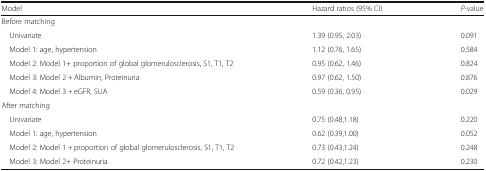
<table><thead><tr><td><b>Model</b></td><td><b>Hazard ratios (95% CI)</b></td><td><b><i>P-</i>value</b></td></tr></thead><tbody><tr><td colspan="3">Before matching</td></tr><tr><td> Univariate</td><td>1.39 (0.95, 2.03)</td><td>0.091</td></tr><tr><td> Model 1: age, hypertension</td><td>1.12 (0.76, 1.65)</td><td>0.584</td></tr><tr><td> Model 2: Model 1+ proportion of global glomerulosclerosis, S1, T1, T2</td><td>0.95 (0.62, 1.46)</td><td>0.824</td></tr><tr><td> Model 3: Model 2 + Albumin, Proteinuria</td><td>0.97 (0.62, 1.50)</td><td>0.876</td></tr><tr><td> Model 4: Model 3 + eGFR, SUA</td><td>0.59 (0.36, 0.95)</td><td>0.029</td></tr><tr><td colspan="3">After matching</td></tr><tr><td> Univariate</td><td>0.75 (0.48,1.18)</td><td>0.220</td></tr><tr><td> Model 1: age, hypertension</td><td>0.62 (0.39,1.00)</td><td>0.052</td></tr><tr><td> Model 2: Model 1 + proportion of global glomerulosclerosis, S1, T1, T2</td><td>0.73 (0.43,1.24)</td><td>0.248</td></tr><tr><td> Model 3: Model 2+ Proteinuria</td><td>0.72 (0.42,1.23)</td><td>0.230</td></tr></tbody></table>